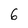
Character: 6